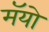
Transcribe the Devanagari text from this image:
मॅयो